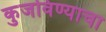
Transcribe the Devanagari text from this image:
कुजविण्याचा